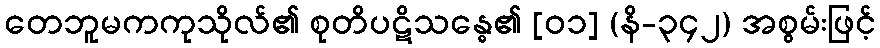
တေဘူမကကုသိုလ်၏ စုတိပဋိသန္ဓေ၏ [၀၁] (နိ-၃၄၂) အစွမ်းဖြင့်